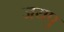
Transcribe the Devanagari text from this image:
जयपु